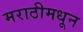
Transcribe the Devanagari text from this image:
मराठीमधून